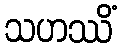
သဟဿိံ